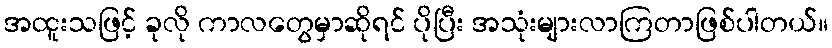
အထူးသဖြင့် ခုလို ကာလတွေမှာဆိုရင် ပိုပြီး အသုံးများလာကြတာဖြစ်ပါတယ်။